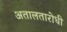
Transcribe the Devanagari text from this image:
अतालतारोधी